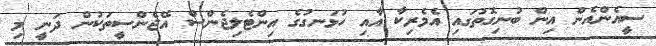
ސީއެންއެން އިން ބުނިގޮތުގައި އެމެރިކާ އާއި ހުޅަނގުގެ އިންޓެލިޖެންސް އޭޖެންސީތަކުން ދަނީ މި